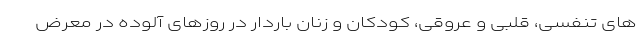
های تنفسی، قلبی و عروقی، کودکان و زنان باردار در روزهای آلوده در معرض